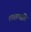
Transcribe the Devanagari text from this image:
शास्त्रपद्धति